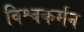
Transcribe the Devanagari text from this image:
विश्वकर्मन